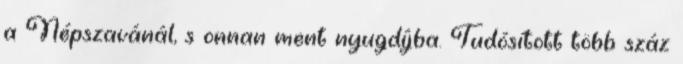
a Népszavánál, s onnan ment nyugdíjba. Tudósított több száz